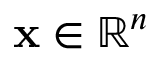
\mathbf { x } \in \mathbb { R } ^ { n }